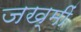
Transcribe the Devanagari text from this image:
जख्मीं